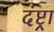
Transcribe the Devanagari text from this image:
दंष्ट्रा